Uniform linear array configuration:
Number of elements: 48
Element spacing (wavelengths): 0.5
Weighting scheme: uniform
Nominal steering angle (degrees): -15
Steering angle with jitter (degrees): -16.499
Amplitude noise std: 0.05
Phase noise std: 0.05

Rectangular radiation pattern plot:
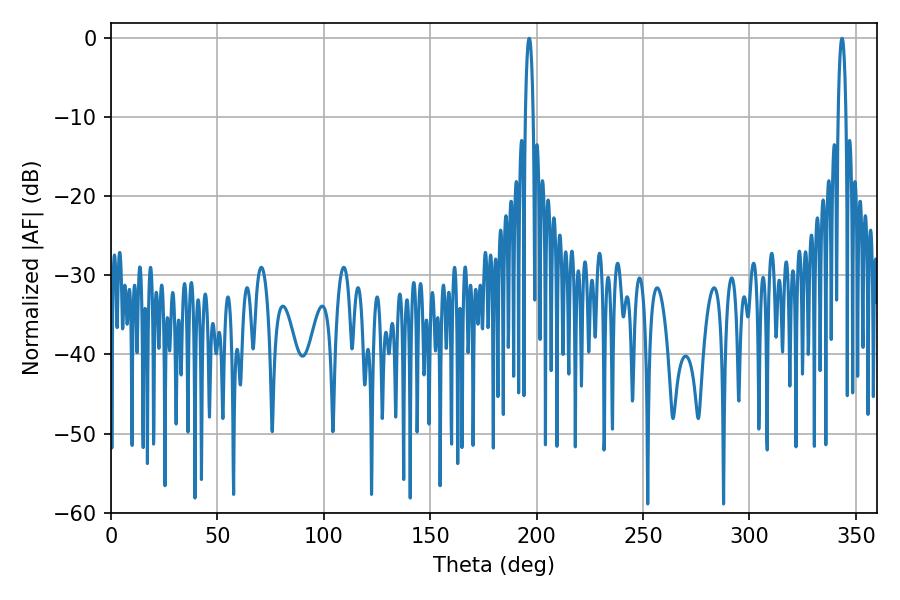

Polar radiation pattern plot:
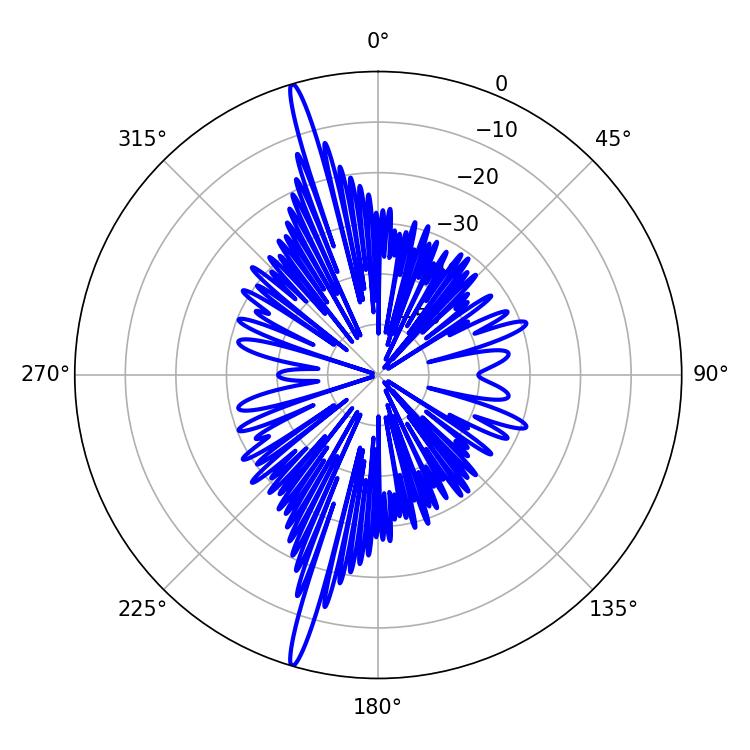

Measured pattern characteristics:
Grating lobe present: FALSE
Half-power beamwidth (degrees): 1.98
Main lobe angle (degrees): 343.44